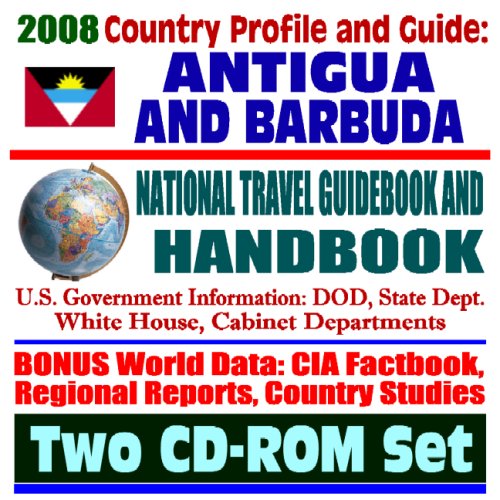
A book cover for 2008 Country Profile and Guide to Antigua and Barbuda - National Travel Guidebook and Handbook, USAID, Woody Plant List, Trade, Agriculture (Two CD-ROM Set); U.S. Government; Travel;